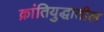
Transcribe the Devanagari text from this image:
क्रांतियुद्धातील